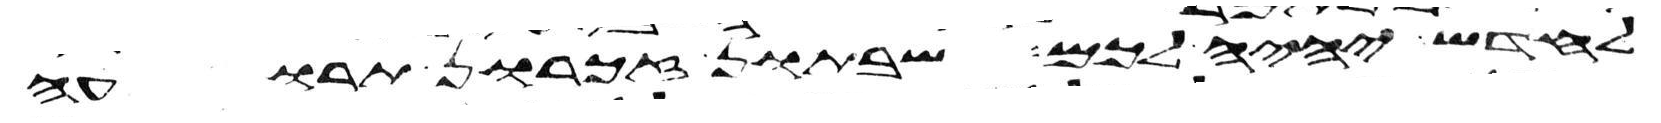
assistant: לחדש יהיה לכם שבתון זכרון תרועה